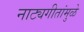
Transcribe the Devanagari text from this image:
नाट्यगीतांमुळे